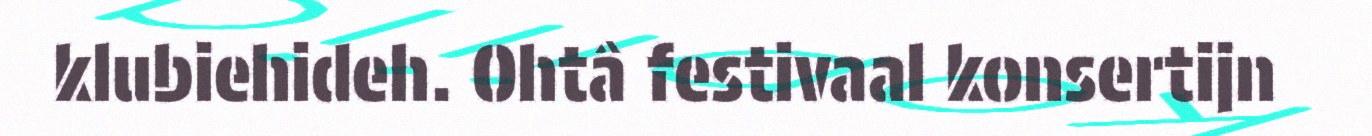
klubiehideh. Ohtâ festivaal konsertijn